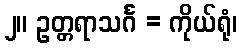
၂။ ဥတ္တရာသင်္ဂ = ကိုယ်ရုံ၊